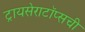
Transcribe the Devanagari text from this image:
ट्रायसेराटॉप्सची